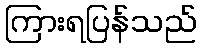
ကြားရပြန်သည်